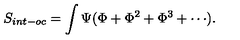
S _ { i n t - o c } = \int \Psi ( \Phi + \Phi ^ { 2 } + \Phi ^ { 3 } + \cdots ) .